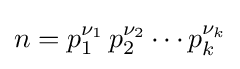
n=p_{1}^{\nu _{1}}\,p_{2}^{\nu _{2}}\cdots p_{k}^{\nu _{k}}